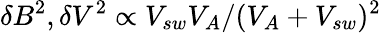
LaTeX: \delta B^{2},\delta V^{2}\propto V_{sw}V_{A}/(V_{A}+V_{sw})^{2}